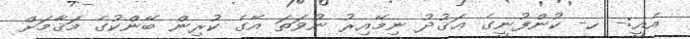
އެއީ:- ހ- ކުންފުނީގެ ޢަޤުދު ނިމޭއިރު ނުވަތަ އޭގެ ކުރިން ބޭންކުގެ މަޤާމަށް